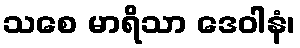
သစေ မာရိသာ ဒေဝါနံ၊